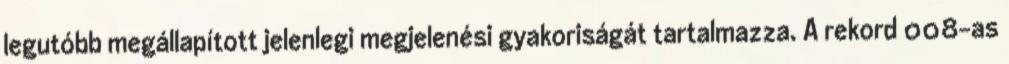
legutóbb megállapított jelenlegi megjelenési gyakoriságát tartalmazza. A rekord 008-as